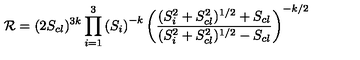
{ \cal R } = ( 2 S _ { c l } ) ^ { 3 k } \prod _ { i = 1 } ^ { 3 } \left( S _ { i } \right) ^ { - k } \left( \frac { ( S _ { i } ^ { 2 } + S _ { c l } ^ { 2 } ) ^ { 1 / 2 } + S _ { c l } } { ( S _ { i } ^ { 2 } + S _ { c l } ^ { 2 } ) ^ { 1 / 2 } - S _ { c l } } \right) ^ { - k / 2 }